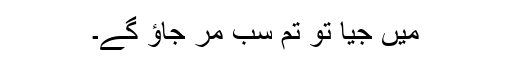
میں جیا تو تم سب مر جاؤ گے۔